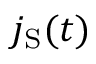
j _ { \mathrm { S } } ( t )